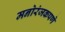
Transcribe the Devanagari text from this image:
मनोरंजकपणे